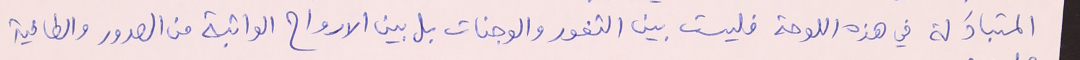
المتبادَلة في هذه اللوحة فليست بين الثغور والوجنات بل بين الارواح الواثبة من الصدور والطافية